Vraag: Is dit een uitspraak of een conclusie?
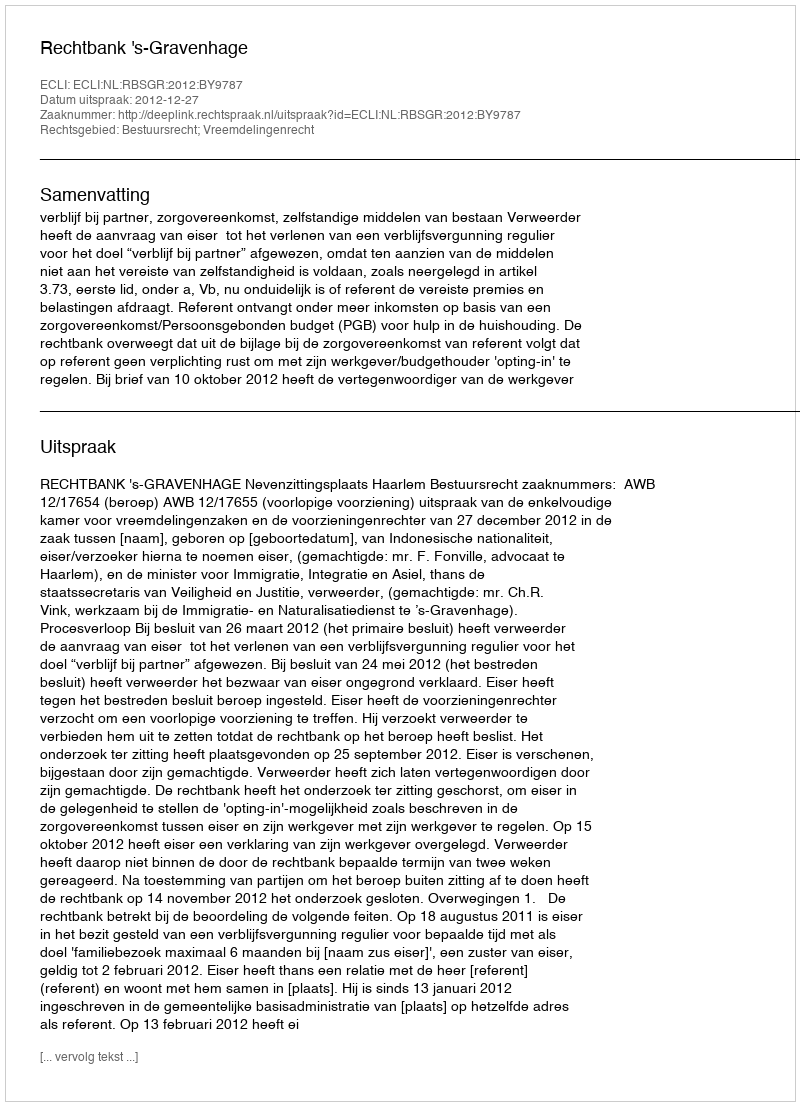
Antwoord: Uitspraak